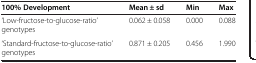
<table><thead><tr><td><b>100% Development</b></td><td><b>Mean ± sd</b></td><td><b>Min</b></td><td><b>Max</b></td></tr></thead><tbody><tr><td>‘Low-fructose-to-glucose-ratio’ genotypes</td><td>0.062 ± 0.058</td><td>0.000</td><td>0.088</td></tr><tr><td>‘Standard-fructose-to-glucose-ratio’ genotypes</td><td>0.871 ± 0.205</td><td>0.456</td><td>1.990</td></tr></tbody></table>